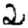
Digit: 2